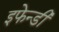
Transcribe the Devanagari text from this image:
इफेन्डी